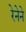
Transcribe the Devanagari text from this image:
रेनेने